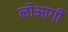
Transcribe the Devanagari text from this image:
लोआर्गी